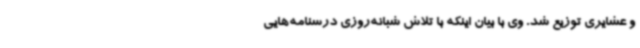
و عشایری توزیع شد. وی با بیان اینکه با تلاش شبانه‌روزی درسنامه‌هایی